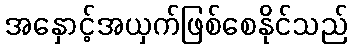
အနှောင့်အယှက်ဖြစ်စေနိုင်သည်